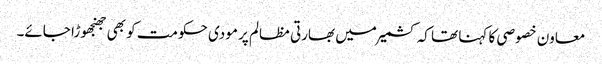
معاون خصوصی کا کہنا تھا کہ کشمیر میں بھارتی مظالم پر مودی حکومت کو بھی جھنجھوڑا جائے۔